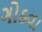
ગોઠવા